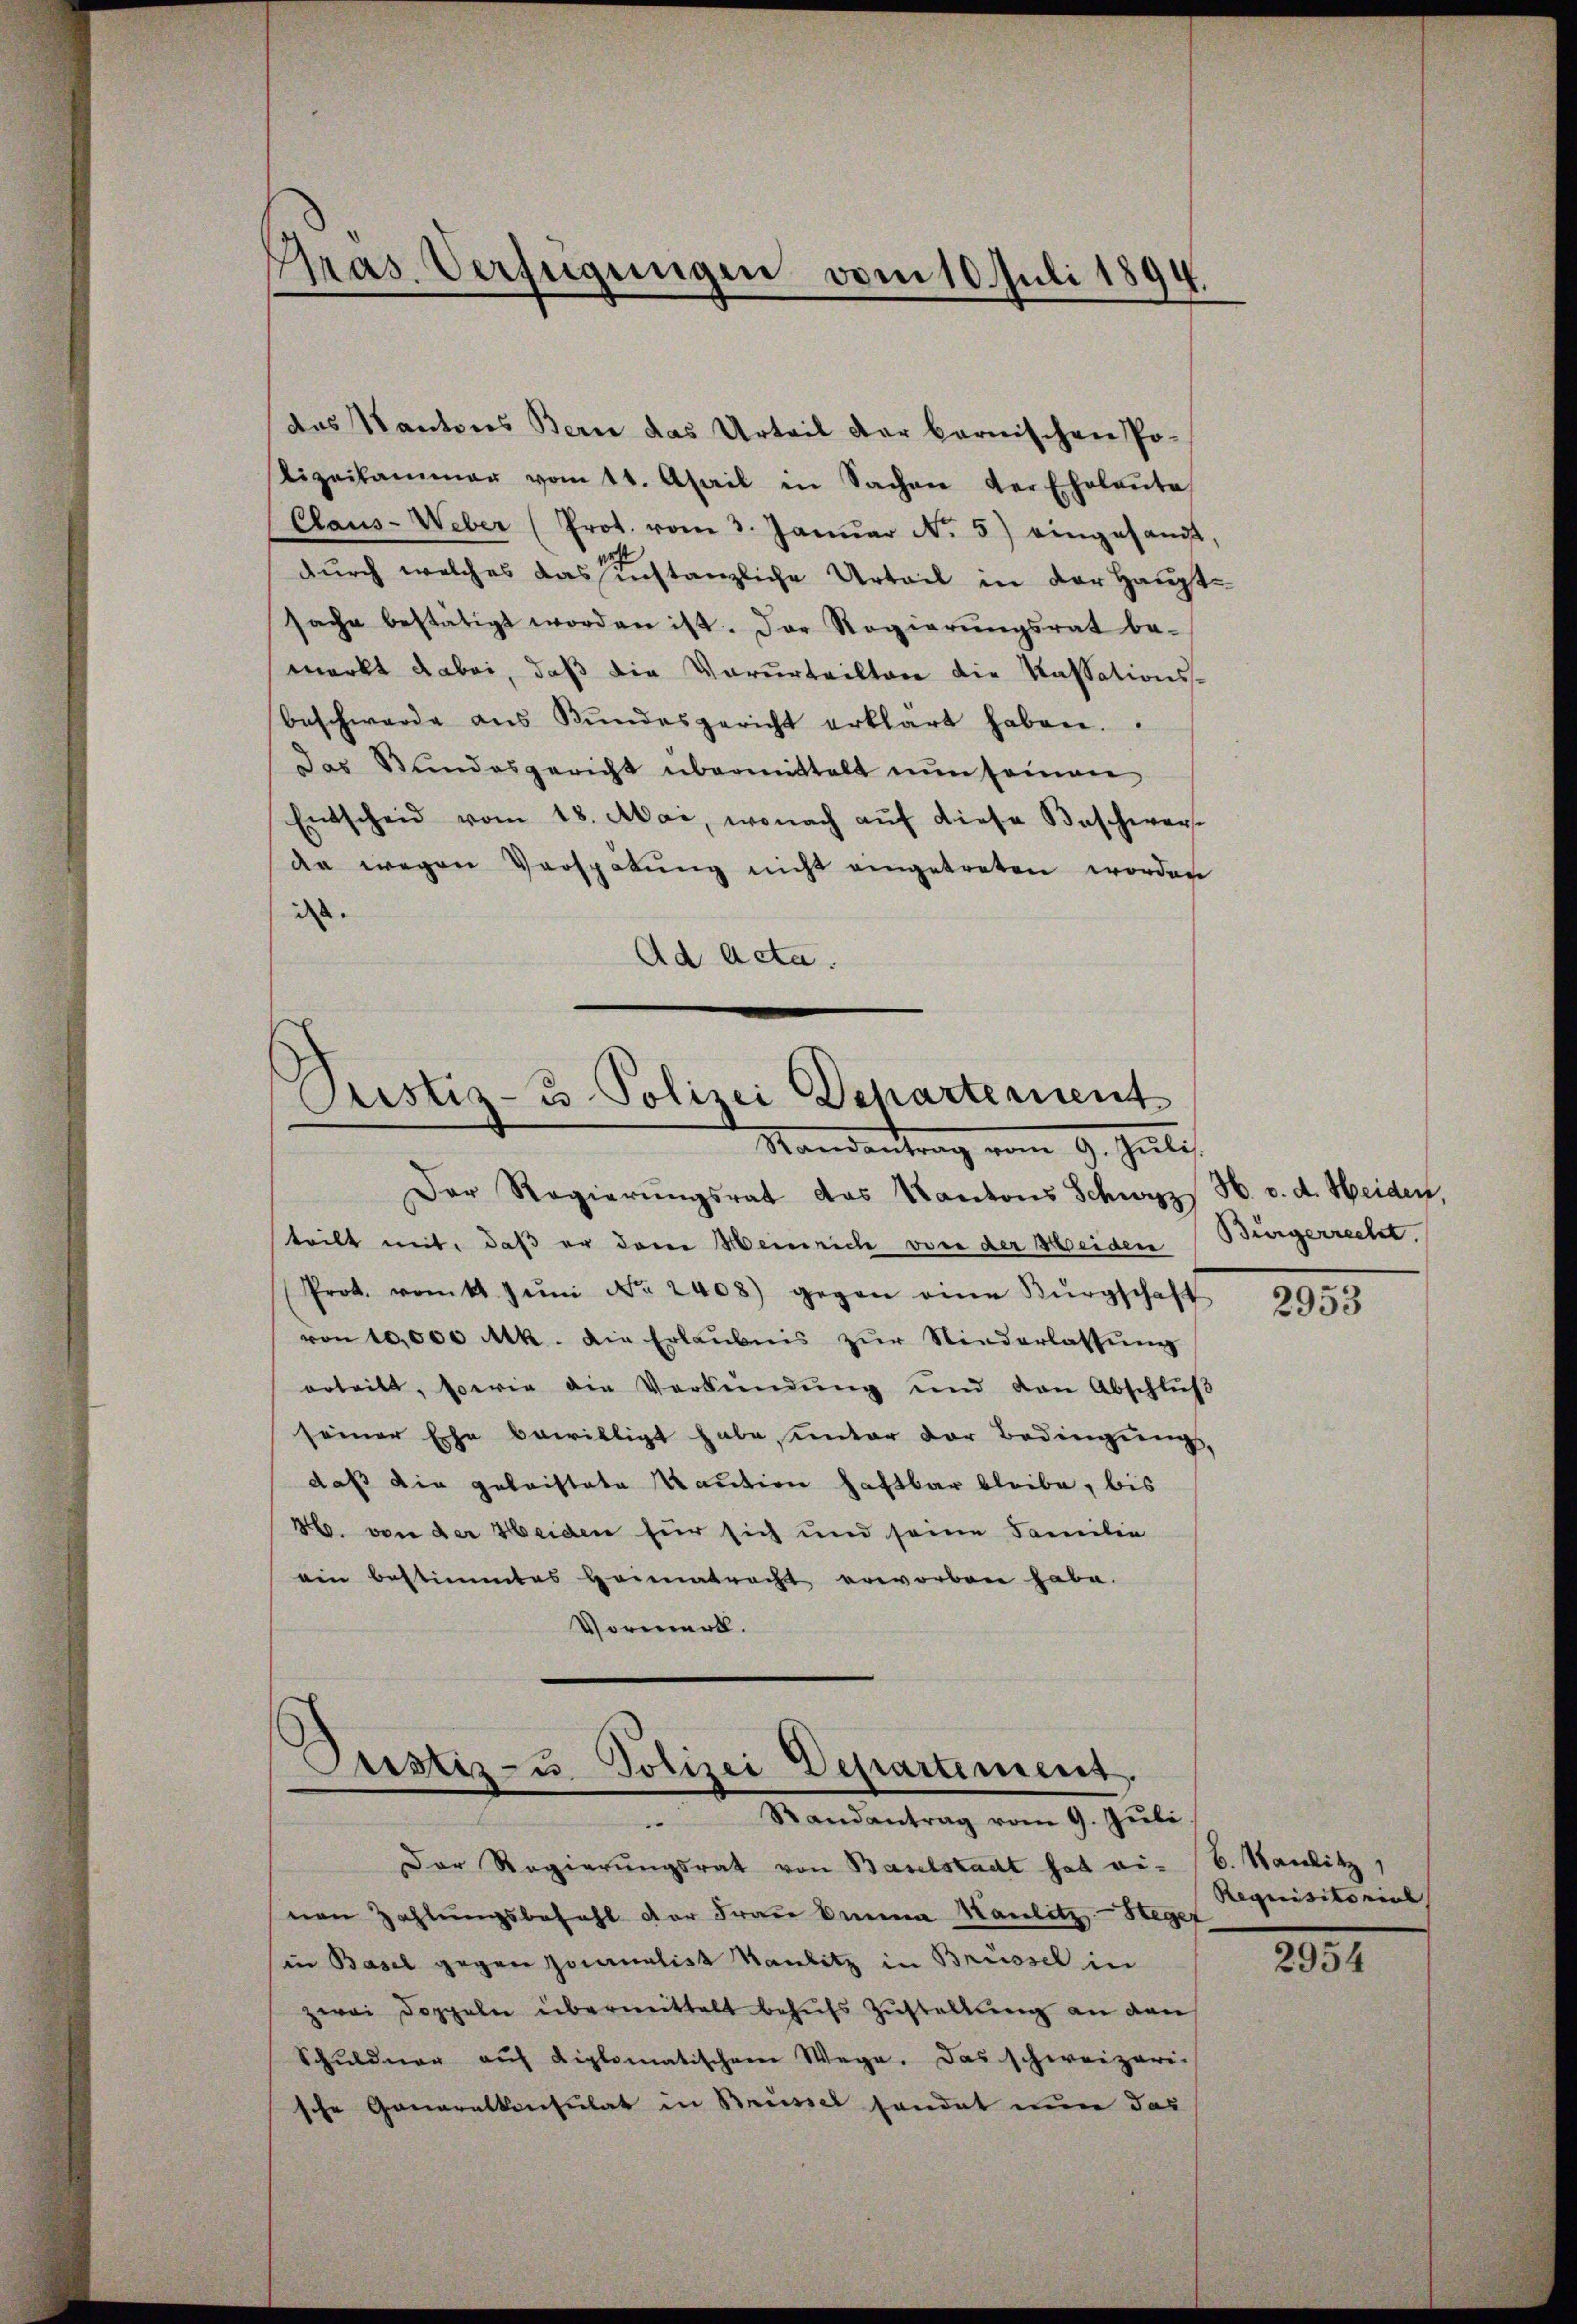
Pras. Verfügungen vom 10. Juli 1894.

des Kantons Bern das Urteil der bernischen Polizeikammer vom 11. April in Sachen der Eheleŭte
Claus- Weber (Prot. vom 3. Janŭar No. 5) eingesandt,
durch welches das instanzliche Urteil in der Hauptsache bestätigt worden ist. Der Regierŭngsrat be-
merkt dabei, daß die Vorurteiltere die Kassationsbeschwerde aŭs Bŭndesgericht erklärt haben.
Das Stundesgericht übermittelt nŭn seinen
Entscheid vom 18. Mai, wonach aŭf diese Beschwer-
da wegen Verspätung nicht eingetreten worden
d
Ad Acta.

Justiz- u Polizei Departement
Randantrag vom 9. Juli.

Der Regierŭngsrat das Kantons Schwyz
teilt mit, daß er dem Heinrich von der Weiden
Prot. vom k. Jŭni No 2408) gegen eine Bürgschaft
von 10,000 Mk. die Erlaubnis zur Niederlassung
erteilt, sowie die Verbŭndŭng ŭnd den Abschlŭβ
seiner Ehe bewilligt habe, unter der Bedingung,
daß die gebaistete Kaution haftbar bleibe, bis
36. von der Heiden für sich und seine Familie
ein bestimmtes Heimatracht erworben habe.
Vormerk.

Justiz- u. Polizei Departement.
Randantrag vom 9. Jŭli.
.

Der Regierungsrat von Baselstadt hat einen Zahlungsbefehl der Frau Omena Hamlitz-Steget
in Basel gegen Joanalist Raubitz in Brüssel in
zwei Doppeln übermittelt behufs Zustellung an den
Schuldner auf diplomatischem Wege. Das schweizeri-
sche Generalkonsulat in Brüssel handet nun das

H. v. d. Heiden,
Bürgerrecht.

2953

B. Sanitz,
Requisitorial

2954